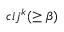
c { i j } ^ { k } ( \geq \beta )